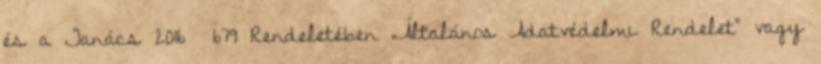
és a Tanács 2016 679 Rendeletében „Általános Adatvédelmi Rendelet” vagy